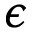
\epsilon